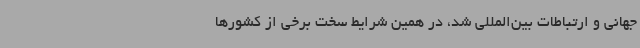
جهانی و ارتباطات بین‌المللی شد، در همین شرایط سخت برخی از کشورها